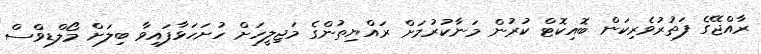
ރާއްޖޭގެ ފަތުރުވެރިކަން ބޮއިކޮޓް ކުރުން މަނާކުރުމަށް ރައްޔިތުންގެ މަޖިލީހަށް ހުށަހަޅާފައިވާ ބިލަށް މޯލްޑިވްސް